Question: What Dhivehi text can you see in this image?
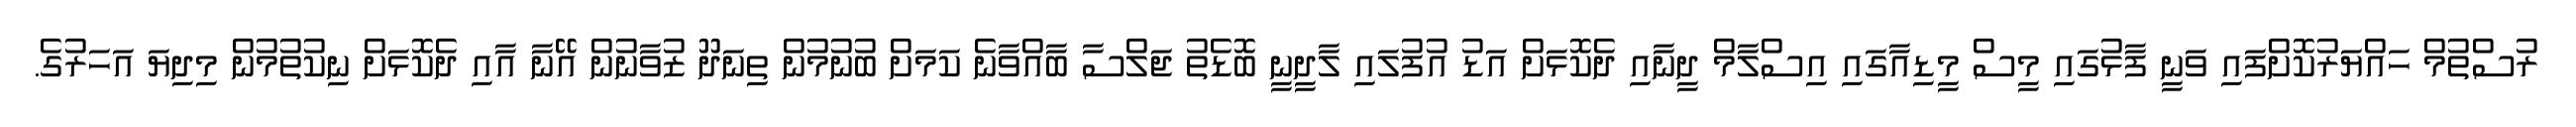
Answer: ރުސްތުމް ހައްޔަރުކޮށްފައި ވަނީ ފާޅުގައި މީސް މީޑިއާގައި އިސްލާމް ދީނާއި ދެކޮޅަށް އަޑު އުފުލައި ލާދީނީ ބޮޑެތު ޖަލްސާ ބާއްވާނެ ކަމަށް ބުނުމުން ތިނަދޫ ޒުވާނުން އޭނާ އާއި ދެކޮޅަށް ނިކުތުމުން މިދިޔަ އަހަރުގެ.